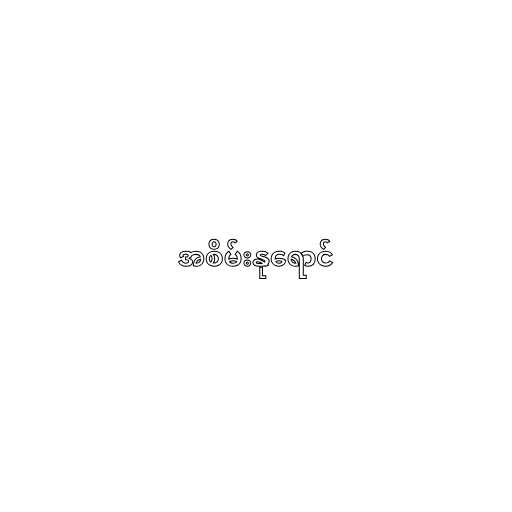
အစိမ်းနုရောင်